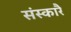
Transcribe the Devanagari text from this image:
संस्कारै